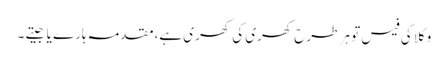
وکلا کی فیس تو ہر طرح کھری کی کھری ہے،مقدمہ ہارے یا جیتے ۔